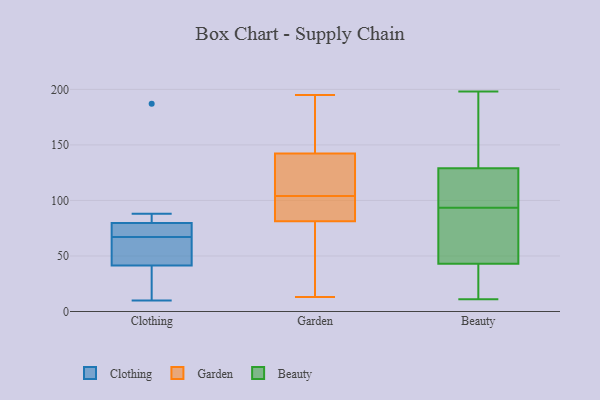
{"axis": {"x": "LTV (USD)", "y": "Value"}, "legend": ["Beauty", "Clothing", "Garden"], "data": [{"x": "", "y": 31, "type": "Clothing"}, {"x": "", "y": 67, "type": "Clothing"}, {"x": "", "y": 10, "type": "Clothing"}, {"x": "", "y": 187, "type": "Clothing"}, {"x": "", "y": 58, "type": "Clothing"}, {"x": "", "y": 88, "type": "Clothing"}, {"x": "", "y": 68, "type": "Clothing"}, {"x": "", "y": 73, "type": "Clothing"}, {"x": "", "y": 60, "type": "Clothing"}, {"x": "", "y": 82, "type": "Clothing"}, {"x": "", "y": 36, "type": "Clothing"}, {"x": "", "y": 136, "type": "Garden"}, {"x": "", "y": 115, "type": "Garden"}, {"x": "", "y": 193, "type": "Garden"}, {"x": "", "y": 85, "type": "Garden"}, {"x": "", "y": 161, "type": "Garden"}, {"x": "", "y": 195, "type": "Garden"}, {"x": "", "y": 19, "type": "Garden"}, {"x": "", "y": 82, "type": "Garden"}, {"x": "", "y": 129, "type": "Garden"}, {"x": "", "y": 13, "type": "Garden"}, {"x": "", "y": 79, "type": "Garden"}, {"x": "", "y": 104, "type": "Garden"}, {"x": "", "y": 86, "type": "Garden"}, {"x": "", "y": 73, "type": "Beauty"}, {"x": "", "y": 70, "type": "Beauty"}, {"x": "", "y": 14, "type": "Beauty"}, {"x": "", "y": 28, "type": "Beauty"}, {"x": "", "y": 139, "type": "Beauty"}, {"x": "", "y": 198, "type": "Beauty"}, {"x": "", "y": 11, "type": "Beauty"}, {"x": "", "y": 128, "type": "Beauty"}, {"x": "", "y": 124, "type": "Beauty"}, {"x": "", "y": 37, "type": "Beauty"}, {"x": "", "y": 182, "type": "Beauty"}, {"x": "", "y": 129, "type": "Beauty"}, {"x": "", "y": 128, "type": "Beauty"}, {"x": "", "y": 61, "type": "Beauty"}, {"x": "", "y": 43, "type": "Beauty"}, {"x": "", "y": 49, "type": "Beauty"}, {"x": "", "y": 178, "type": "Beauty"}, {"x": "", "y": 114, "type": "Beauty"}]}